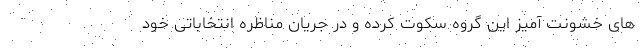
های خشونت آمیز این گروه سکوت کرده و در جریان مناظره انتخاباتی خود